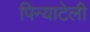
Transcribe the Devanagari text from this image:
पिन्याटेली